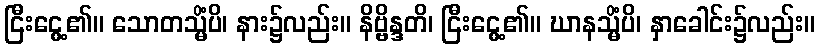
ငြီးငွေ့၏။ သောတသ္မိံပိ၊ နား၌လည်း။ နိဗ္ဗိန္ဒတိ၊ ငြီးငွေ့၏။ ဃာနသ္မိံပိ၊ နှာခေါင်း၌လည်း။